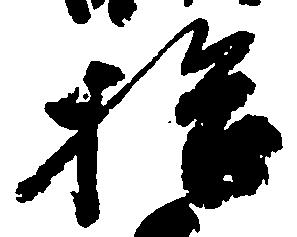
拾